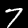
Digit: 7